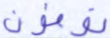
توفون